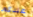
عندكم